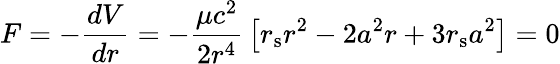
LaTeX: F=-{\frac{dV}{dr}}=-{\frac{\mu c^{2}}{2r^{4}}}\left[r_{\mathrm{{s}}}r^{2}-2a^{2}r+3r_{\mathrm{{s}}}a^{2}\right]=0